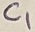
Text: C1